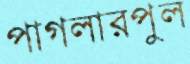
পাগলারপুল